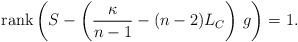
LaTeX: \begin{align*}\mbox{rank} \left(S - \left(\frac{ \kappa }{n-1} - (n-2) L_{C}\right)\,g \right) = 1.\end{align*}